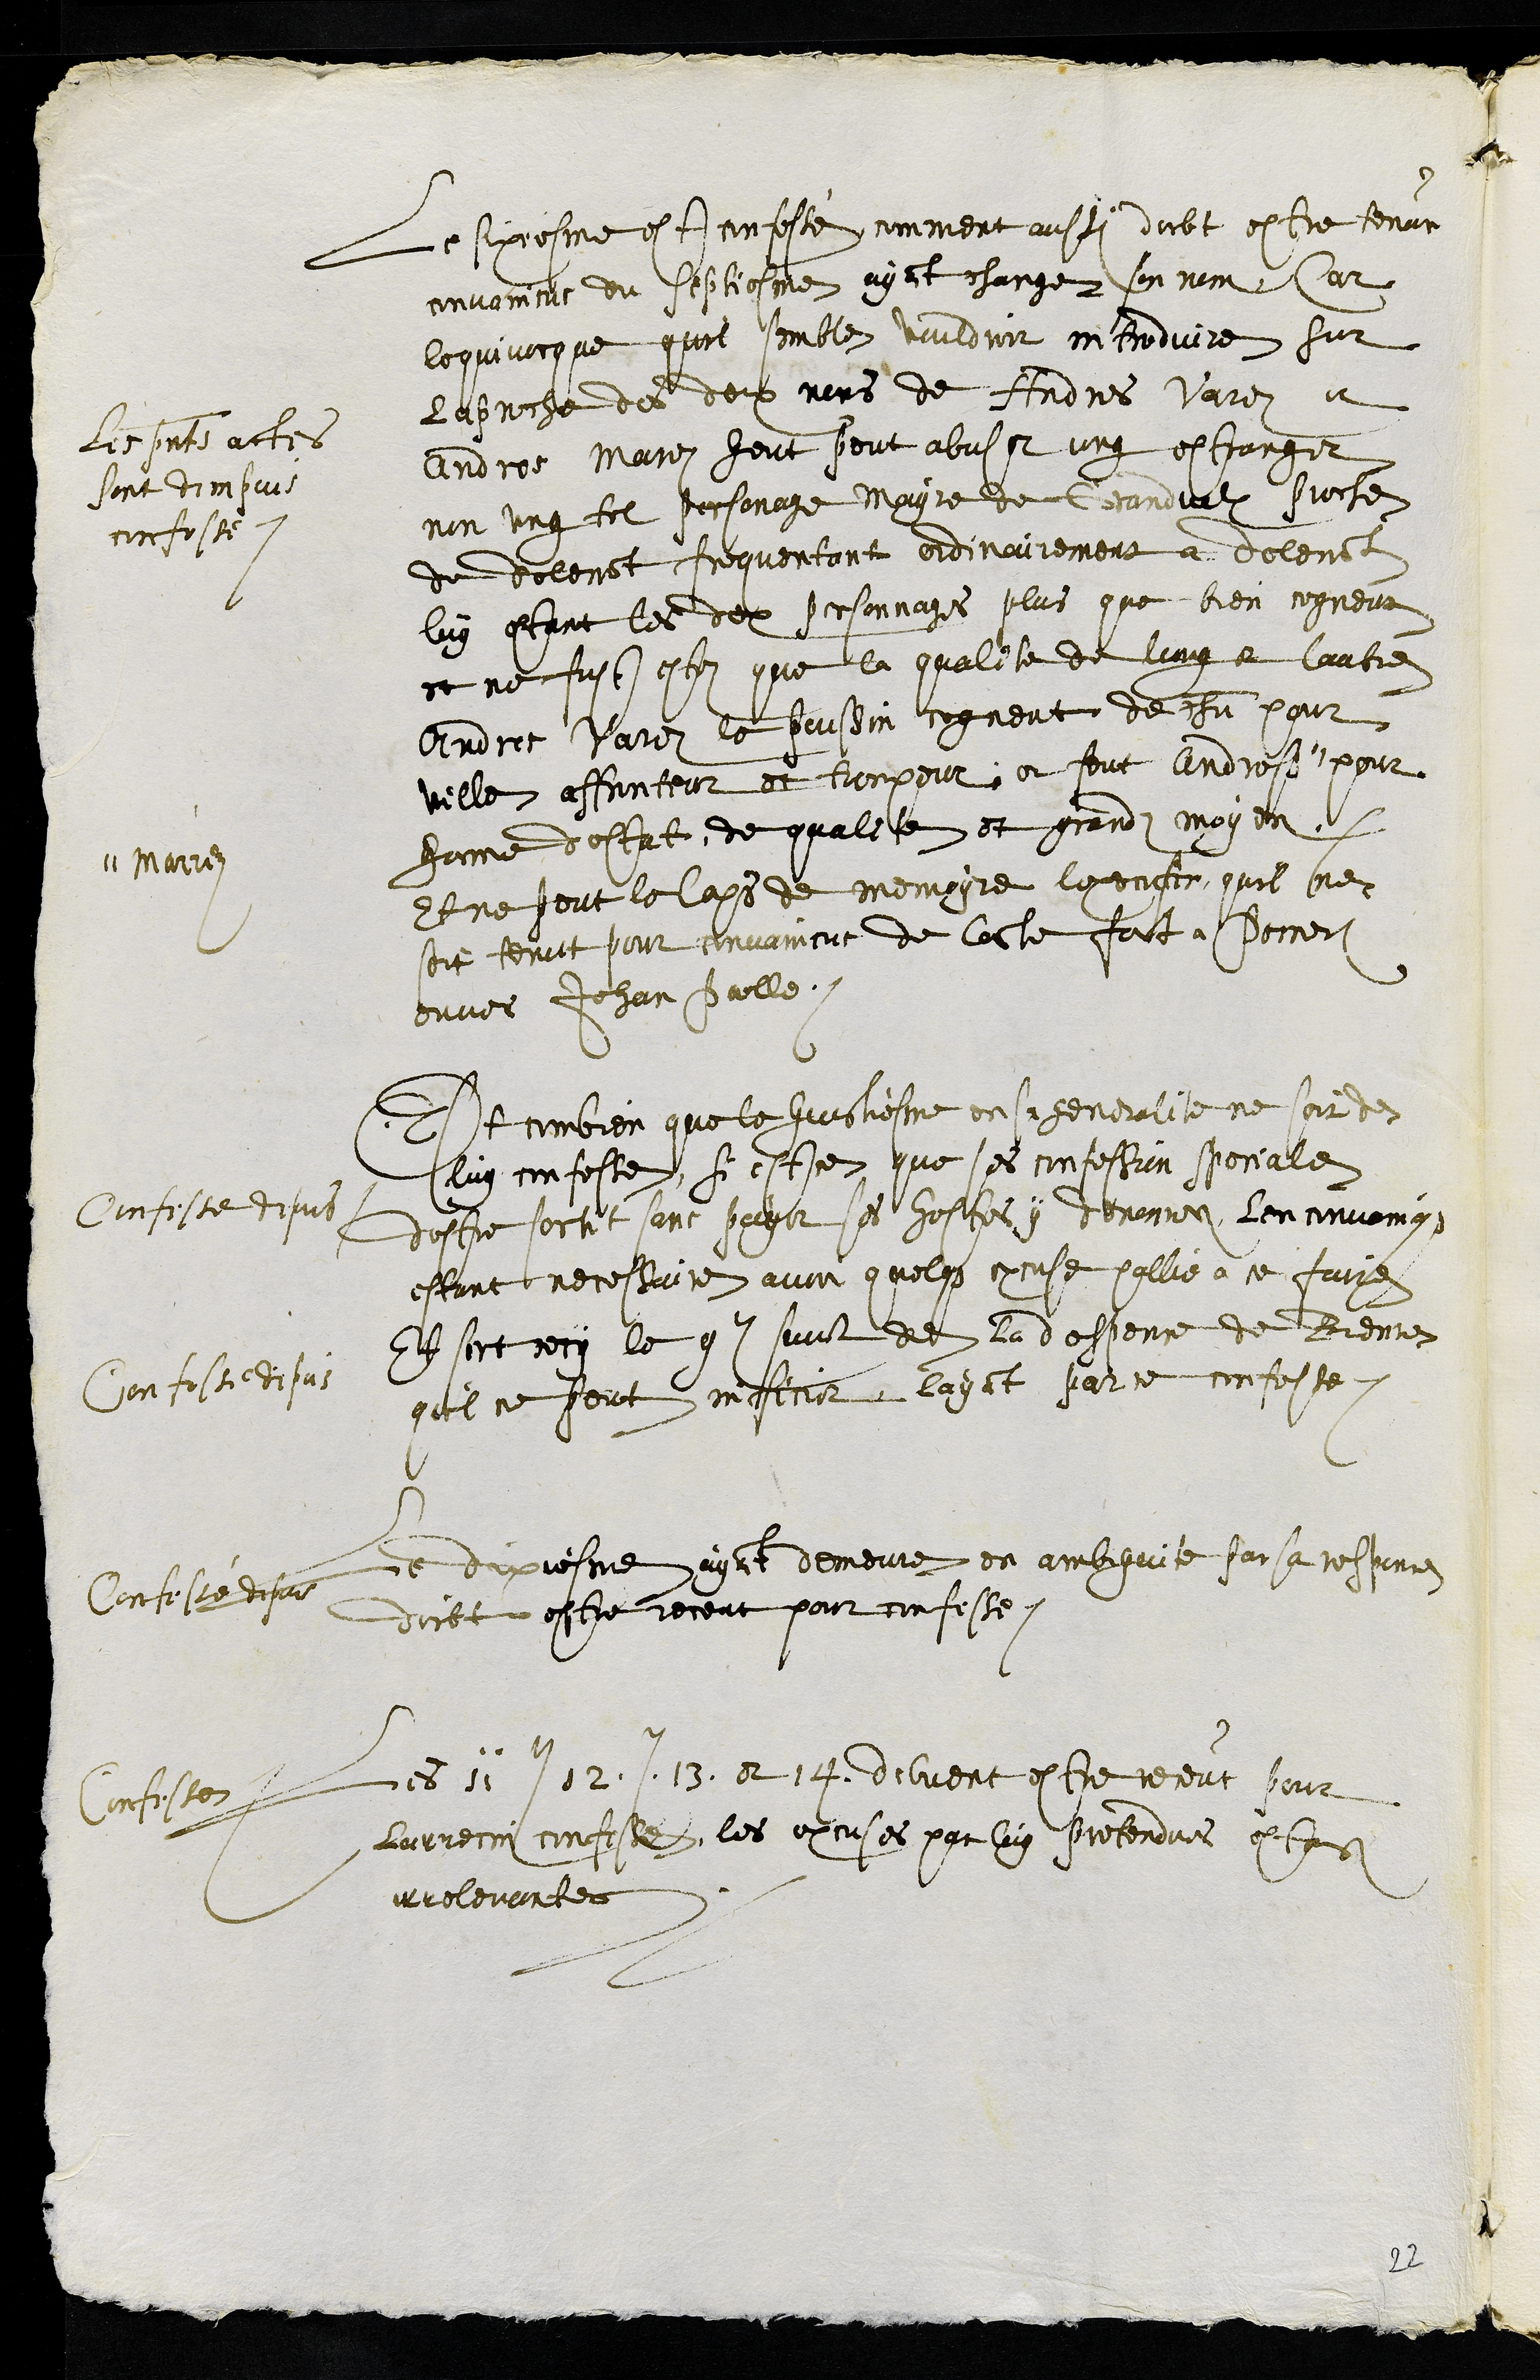
Le sixiesme est confessé, comment aussi doibt estre tenue
convaincus du septiesme ayant changez son nom, Car
lequivocque quil semble vouldeoir introduire sur
laproche des deux nons de Andres Varez et
Andres Marez heut peut abuser ung estranger
non ung tel personage mayre de Grandvalx proche
de delemont frequentant ordinairement a delemont
luy estant les deux personnages plus que bien cogneut
et ne fust estez que la qualite de lung et lautre
Andres Varez le poussin cogneut de chacun pour
ville affronteur et trompeur et feut Andres
" Marrez
pour
home destat de qualite et grandz moyen
Et ne peut le laps de memoyre lexcuser quil ne
soit tenut pour convaincus de ceste faict a Porrentruy
enver Jehan Poulle
les presents actes
sont dempuis
confesse
Et combien que le huictiesme en sa generalite ne soit de
luy confesse, si est ce que ses confession speciales
Confesse depuis
destre sortit sans payer ses hostes y denonces len convoinqs
estant necessaire avoir quelque excuse pallie a ce faire
Et sert cecy le 9e sunt de la despence de Bienne,
quil ne peut inficier layant par ce confesse
Confesse depuis
Le dixiesme ayant demeure en ambiguite par sa responce
doibt estre receut pour confesse.
Confesse depuis
Les 11e 12e 13 et 14 debvent estre receut pour
larrecin confesses, les excuses par luy pretendues estans
irrelevantes
Confesse
22